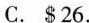
C. $26.